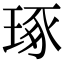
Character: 琢